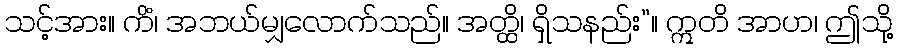
သင့်အား။ ကိံ၊ အဘယ်မျှလောက်သည်။ အတ္ထိ၊ ရှိသနည်း”။ ဣတိ အာဟ၊ ဤသို့